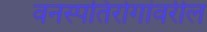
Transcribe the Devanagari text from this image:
वनस्पतिरोगांवरील